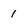
Character: 1